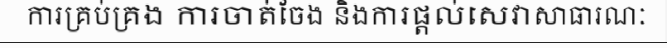
ការគ្រប់គ្រង ការចាត់ចែង និងការផ្តល់សេវាសាធារណៈ